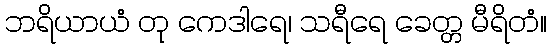
ဘရိယာယံ တု ကေဒါရေ၊ သရီရေ ခေတ္တ မီရိတံ။